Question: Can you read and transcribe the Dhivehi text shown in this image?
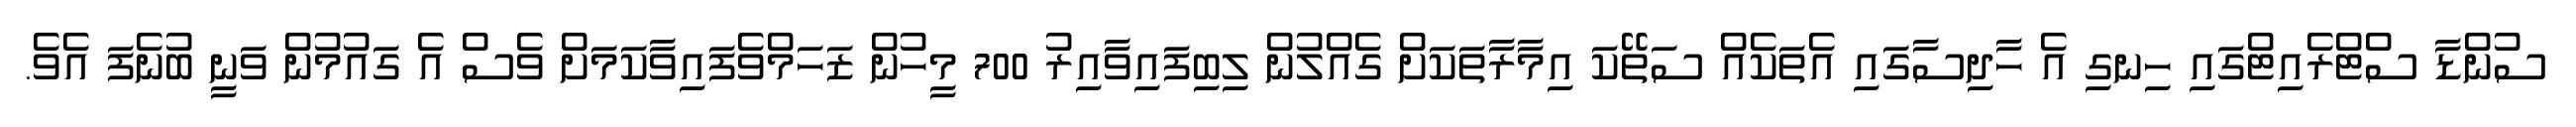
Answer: ސުންޑާ ސްޓްރެއިޓްގައި ހިނގި އެ ހާދިސާގައި އެތަކެއް ސަތޭކަ އިމާރާތަކަށް ގެއްލުން ލިބިފައިވާއިރު 700 މީހުން ޒަހަމްވެފައިވާކަމަށް ވެސް އެ ގައުމުން ވަނީ ބުނެފަ އެވެ.